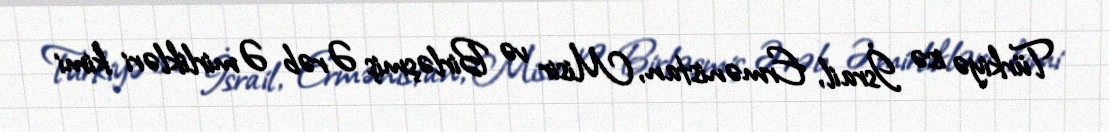
Türkiyə isə İsrail, Ermənistan, Misir və Birləşmiş Ərəb Əmirlikləri kimi